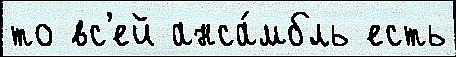
то вс'ей анса́мбль есть